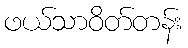
ဖယ်သာဝိတ်တန်း